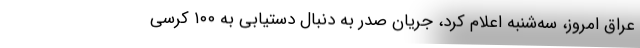
عراق امروز، سه‌شنبه اعلام کرد، جریان صدر به دنبال دستیابی به ۱۰۰ کرسی